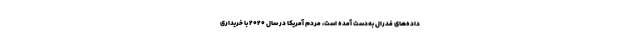
داده‌های فدرال به‌دست آمده است، مردم آمریکا در سال ۲۰۲۰ با خریداری